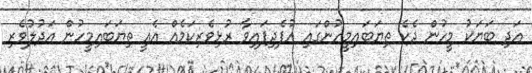
އަދި ބަޔަކު މީހުން ދެކެ ތިޔަބައިމީހުންގައި އުފެދިފައިވާ ރުޅިވެރިކަމެއް އެއީ ތިޔަބައިމީހުން އަދުލުވެރި